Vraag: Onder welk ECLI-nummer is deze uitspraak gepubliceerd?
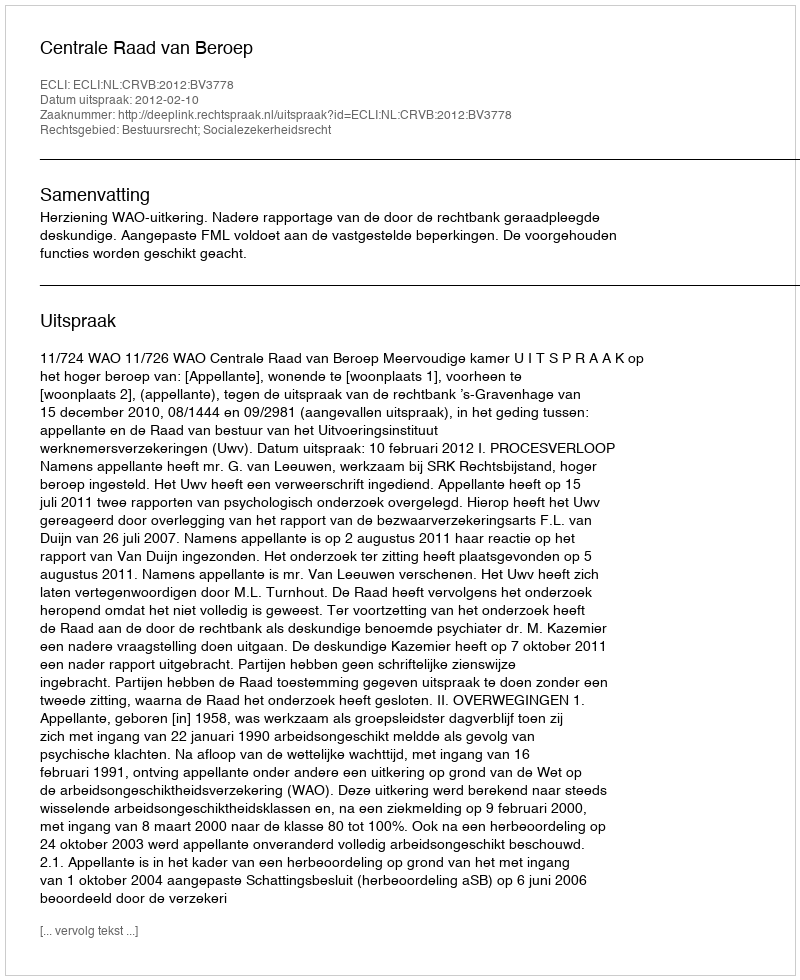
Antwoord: ECLI:NL:CRVB:2012:BV3778